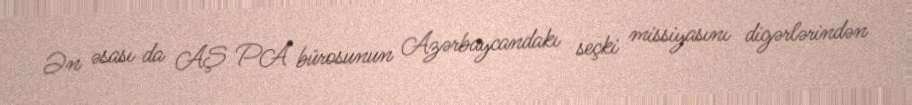
Ən əsası da AŞ PA bürosunun Azərbaycandakı seçki missiyasını digərlərindən